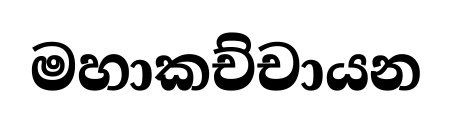
මහාකච්චායන